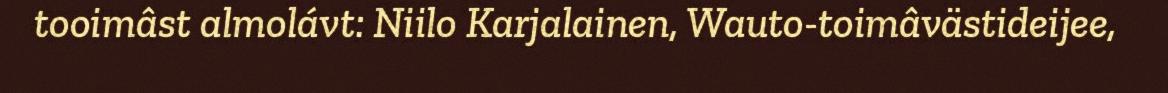
tooimâst almolávt: Niilo Karjalainen, Wauto-toimâvästideijee,